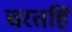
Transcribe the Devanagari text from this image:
चरतहिं